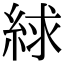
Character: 絿